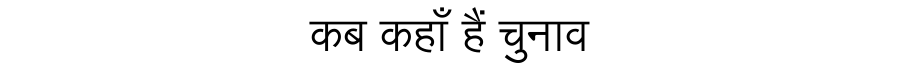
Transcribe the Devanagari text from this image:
कब कहाँ हैं चुनाव